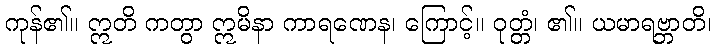
ကုန်၏။ ဣတိ ကတွာ ဣမိနာ ကာရဏေန၊ ကြောင့်။ ဝုတ္တံ၊ ၏။ ယမာရဗ္ဘာတိ၊